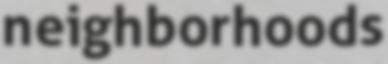
neighborhoods